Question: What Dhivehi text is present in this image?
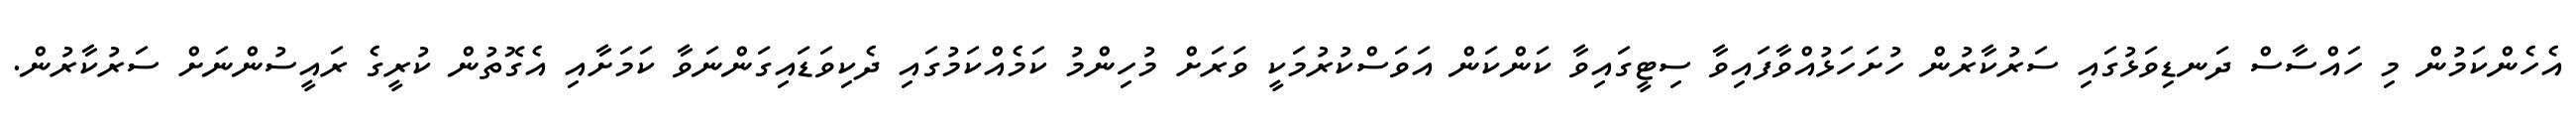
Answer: އެހެންކަމުން މި ހައްސާސް ދަނޑިވަޅުގައި ސަރުކާރުން ހުށަހަޅުއްވާފައިވާ ސިޓީގައިވާ ކަންކަން އަވަސްކުރުމަކީ ވަރަށް މުހިންމު ކަމެއްކަމުގައި ދެކިވަޑައިގަންނަވާ ކަމަށާއި އެގޮތުން ކުރީގެ ރައީސުންނަށް ސަރުކާރުން.